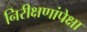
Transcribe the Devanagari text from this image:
निरीक्षणांपेक्षा